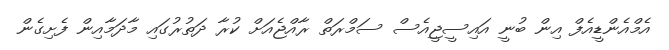
އެމްއެންޑީއެފް އިން ބުނީ އައިސީޖީއެސް ސަމްރަތް ރާއްޖެއަށް ކުރާ ދަތުރުގައި މާދަމާއިން ފެށިގެން